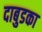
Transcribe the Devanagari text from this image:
दाबुडका